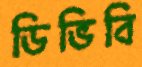
ডিভিবি